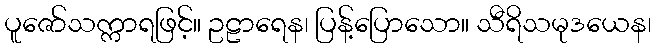
ပူဇော်သက္ကာရဖြင့်။ ဥဠာရေန၊ ပြန့်ပြောသော။ သီရိသမုဒယေန၊